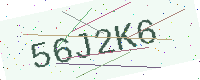
Text: 56J2K6